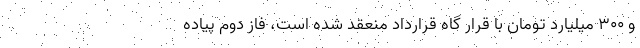
و ۳۰۰ میلیارد تومان با قرار گاه قرارداد منعقد شده است، فاز دوم پیاده